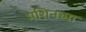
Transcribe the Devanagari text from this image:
मशिनच्या